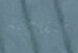
متفاجئة